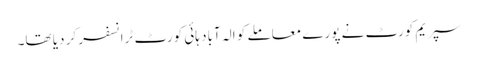
سپریم کورٹ نے پورے معاملے کو الہ آباد ہائی کورٹ ٹرانسفر کر دیا تھا۔